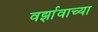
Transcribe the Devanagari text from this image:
वर्झावाच्या